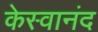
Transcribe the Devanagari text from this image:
केस्वानंद